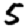
Digit: 5